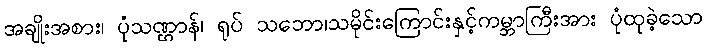
အချိုးအစား၊ ပုံသဏ္ဌာန်၊ ရုပ် သဘော၊သမိုင်းကြောင်းနှင့်ကမ္ဘာကြီးအား ပုံထုခဲ့သော